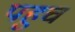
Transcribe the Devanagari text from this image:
पहुचं